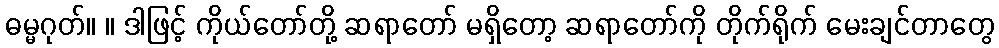
ဓမ္မဂုတ်။ ။ ဒါဖြင့် ကိုယ်တော်တို့ ဆရာတော် မရှိတော့ ဆရာတော်ကို တိုက်ရိုက် မေးချင်တာတွေ